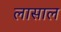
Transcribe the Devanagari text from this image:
लासाल